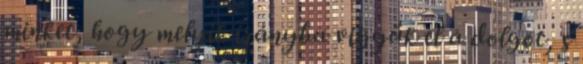
minket, hogy melyik irányba vigyük el a dolgot, s